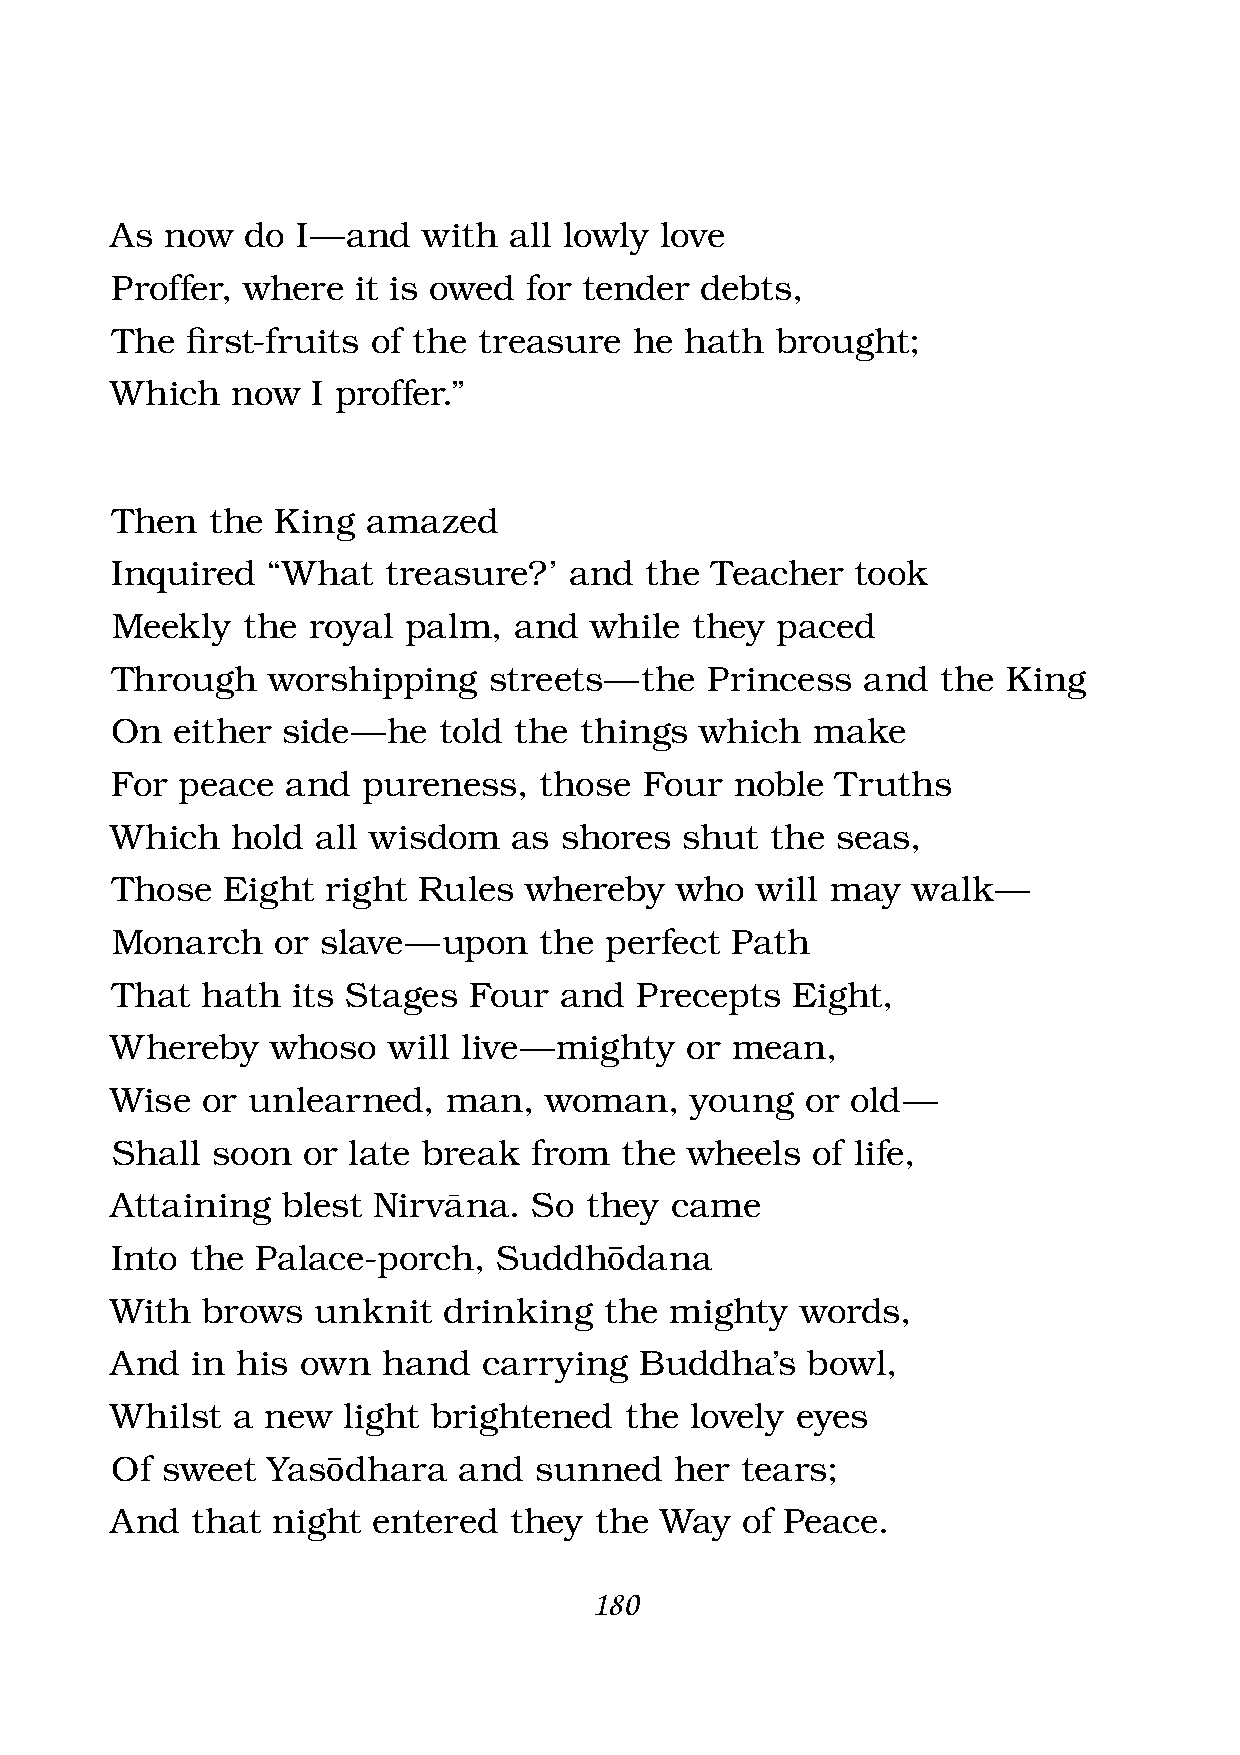
As  now  do  I — and with  all lowly love
 Proffer, where   it is owed for tender debts,
 The  fi rst-fruits of the treasure he hath  brought;
 Which   now   I proffer.”
 Then   the King  amazed
 Inquired   “What  treasure?’   and  the Teacher   took
 Meekly   the royal  palm,  and  while  they paced
 Through    worshipping   streets — the  Princess  and  the  King
 On   either side — he told the things  which   make
 For  peace  and  pureness,   those  Four  noble Truths
 Which   hold  all wisdom   as shores  shut  the seas,
 Those   Eight  right Rules  whereby   who  will may  walk  —
 Monarch    or slave — upon   the perfect Path
 That  hath  its Stages  Four  and  Precepts  Eight,
 Whereby    whoso   will live — mighty or mean,
 Wise  or unlearned,   man,   woman,    young  or old —
 Shall  soon  or late break  from  the wheels   of life,
 Attaining   blest Nirvàna.  So  they came
 Into  the Palace-porch,   Suddh‘dana
 With  brows   unknit  drinking   the mighty   words,
 And   in his own  hand   carrying  Buddha’s   bowl,
 Whilst  a new   light brightened  the  lovely eyes
 Of  sweet  Yas‘dhara   and  sunned    her tears;
 And   that night  entered  they the  Way  of Peace.
 180